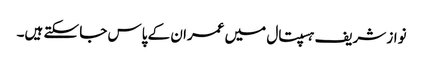
نواز شریف ہسپتال میں عمران کے پاس جا سکتے ہیں۔